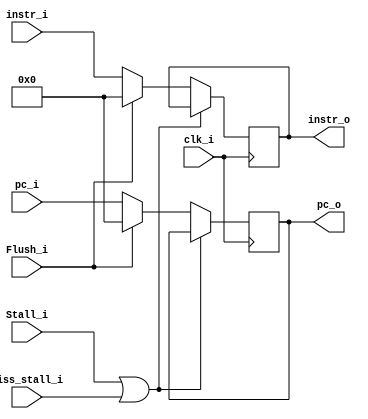
module IFID(
	clk_i,
	instr_i,
	Stall_i,
	Flush_i,
	pc_i,
	Miss_stall_i,
	instr_o,
	pc_o
);
input             Stall_i, Flush_i, clk_i, Miss_stall_i;
input      [31:0] pc_i;
input      [31:0] instr_i;
output reg [31:0] instr_o, pc_o;

always @(posedge clk_i) begin
	if (Stall_i | Miss_stall_i) begin
		instr_o <= instr_o;
		pc_o    <= pc_o;
	end
	else if (Flush_i) begin
		instr_o <= 32'b0;
		pc_o    <= 32'b0;
	end
	else begin
		instr_o <= instr_i;
		pc_o    <= pc_i;
	end
end
endmodule

module IDEX(
	clk_i,
    ALUOp_i,
    ALUSrc_i,
    RegWrite_i,
    MemtoReg_i,
    MemRead_i,
    MemWrite_i,
	RS1data_i,
	RS2data_i,
	SE_i,
	funct_i,
	RS1addr_i,
	RS2addr_i,
	RDaddr_i,
	Miss_stall_i,
	RegWrite_o,
    MemtoReg_o,
    MemRead_o,
    MemWrite_o,
	ALUOp_o,
	ALUSrc_o,
	RS1data_o,
	RS2data_o,
	SE_o,
	funct_o,
	RS1addr_o,
	RS2addr_o,
	RDaddr_o
);
input             clk_i, ALUSrc_i, RegWrite_i, MemtoReg_i, MemRead_i, MemWrite_i, Miss_stall_i;
input      [1:0]  ALUOp_i;
input      [31:0] RS1data_i, RS2data_i, SE_i;
input      [9:0]  funct_i;
input      [4:0]  RS1addr_i, RS2addr_i, RDaddr_i;
output reg [1:0]  ALUOp_o;
output reg        ALUSrc_o, RegWrite_o, MemtoReg_o, MemRead_o, MemWrite_o;
output reg [31:0] RS1data_o, RS2data_o, SE_o;
output reg [9:0]  funct_o;
output reg [4:0]  RS1addr_o, RS2addr_o, RDaddr_o;

always @(posedge clk_i) begin
	if (Miss_stall_i) begin
		RegWrite_o <= RegWrite_o;
	    MemtoReg_o <= MemtoReg_o;
	    MemRead_o  <= MemRead_o;
	    MemWrite_o <= MemWrite_o;
		ALUOp_o    <= ALUOp_o;
		ALUSrc_o   <= ALUSrc_o;
		RS1data_o  <= RS1data_o;
		RS2data_o  <= RS2data_o;
		SE_o       <= SE_o;
		funct_o    <= funct_o;
		RS1addr_o  <= RS1addr_o;
		RS2addr_o  <= RS2addr_o;
		RDaddr_o   <= RDaddr_o;
	end
	else begin
		RegWrite_o <= RegWrite_i;
	    MemtoReg_o <= MemtoReg_i;
	    MemRead_o  <= MemRead_i;
	    MemWrite_o <= MemWrite_i;
		ALUOp_o    <= ALUOp_i;
		ALUSrc_o   <= ALUSrc_i;
		RS1data_o  <= RS1data_i;
		RS2data_o  <= RS2data_i;
		SE_o       <= SE_i;
		funct_o    <= funct_i;
		RS1addr_o  <= RS1addr_i;
		RS2addr_o  <= RS2addr_i;
		RDaddr_o   <= RDaddr_i;
	end
end
endmodule

module EXMEM(
	clk_i,
    RegWrite_i,
    MemtoReg_i,
    MemRead_i,
    MemWrite_i,
	ALUResult_i,
	RS2data_i,
	RDaddr_i,
	Miss_stall_i,
    RegWrite_o,
    MemtoReg_o,
    MemRead_o,
    MemWrite_o,
	ALUResult_o,
	RS2data_o,
	RDaddr_o
);
input             clk_i, RegWrite_i, MemtoReg_i, MemRead_i, MemWrite_i, Miss_stall_i;
input      [31:0] ALUResult_i, RS2data_i;
input      [4:0]  RDaddr_i;
output reg        RegWrite_o, MemtoReg_o, MemRead_o, MemWrite_o;
output reg [31:0] ALUResult_o, RS2data_o;
output reg [4:0]  RDaddr_o;

always @(posedge clk_i) begin
	if (Miss_stall_i) begin
		RegWrite_o  <= RegWrite_o;
	    MemtoReg_o  <= MemtoReg_o;
	    MemRead_o   <= MemRead_o;
	    MemWrite_o  <= MemWrite_o;
		ALUResult_o <= ALUResult_o;
		RS2data_o   <= RS2data_o;
		RDaddr_o    <= RDaddr_o;
	end
	else begin
		RegWrite_o  <= RegWrite_i;
	    MemtoReg_o  <= MemtoReg_i;
	    MemRead_o   <= MemRead_i;
	    MemWrite_o  <= MemWrite_i;
		ALUResult_o <= ALUResult_i;
		RS2data_o   <= RS2data_i;
		RDaddr_o    <= RDaddr_i;
	end
end
endmodule

module MEMWB(
	clk_i,
    RegWrite_i,
    MemtoReg_i,
	ALUResult_i,
	MemData_i,
	RDaddr_i,
	Miss_stall_i,
    RegWrite_o,
    MemtoReg_o,
	ALUResult_o,
	MemData_o,
	RDaddr_o
);
input             clk_i, RegWrite_i, MemtoReg_i, Miss_stall_i;
input      [31:0] ALUResult_i, MemData_i;
input      [4:0]  RDaddr_i;
output reg        RegWrite_o, MemtoReg_o;
output reg [31:0] ALUResult_o, MemData_o;
output reg [4:0]  RDaddr_o;

always @(posedge clk_i) begin
	if (Miss_stall_i) begin
		RegWrite_o  <= RegWrite_o;
	    MemtoReg_o  <= MemtoReg_o;
		ALUResult_o <= ALUResult_o;
		MemData_o   <= MemData_o;
		RDaddr_o    <= RDaddr_o;	
	end
	else begin
		RegWrite_o  <= RegWrite_i;
	    MemtoReg_o  <= MemtoReg_i;
		ALUResult_o <= ALUResult_i;
		MemData_o   <= MemData_i;
		RDaddr_o    <= RDaddr_i;
	end
end
endmodule